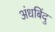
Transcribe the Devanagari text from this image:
अंधबिंदु